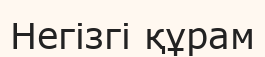
Негізгі құрам